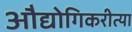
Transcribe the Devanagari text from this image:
औद्योगिकरीत्या